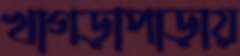
খাগড়াপাড়ায়